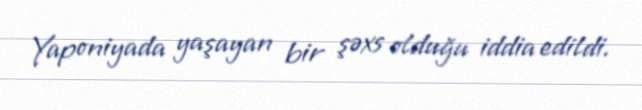
Yaponiyada yaşayan bir şəxs olduğu iddia edildi.